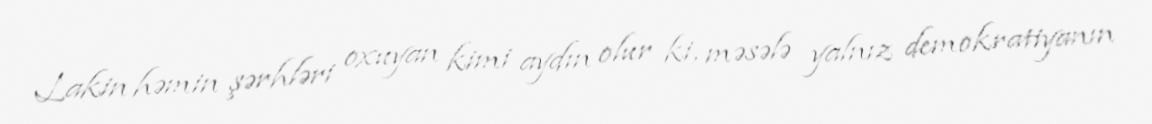
Lakin həmin şərhləri oxuyan kimi aydın olur ki, məsələ yalnız demokratiyanın